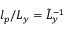
l _ { p } / L _ { y } = \tilde { L } _ { y } ^ { - 1 }